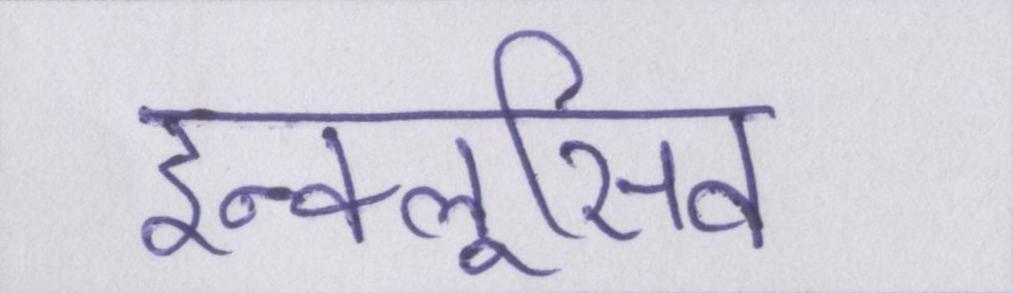
इन्क्लूसिव